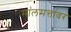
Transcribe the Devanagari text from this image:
मालमत्तांवर